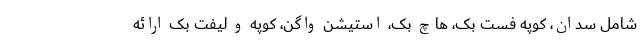
شامل سدان، کوپه فست بک، هاچ بک، استیشن واگن، کوپه و لیفت بک ارائه